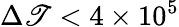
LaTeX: \Delta\mathscr{T}<4\times10^{5}